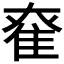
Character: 𨾮